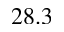
2 8 . 3